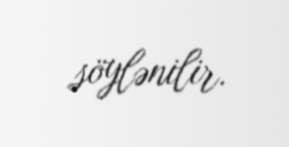
söylənilir.